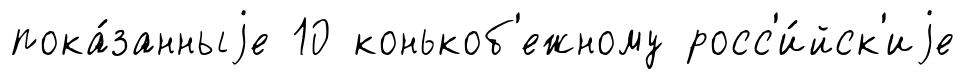
пока́занныjе 10 конькоб'ежному росс'и́йск'иjе